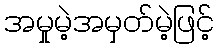
အမှုမဲ့အမှတ်မဲ့ဖြင့်